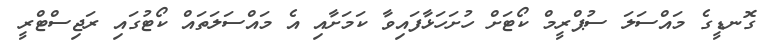
ގޮނޑީގެ މައްސަލަ ސުޕްރީމް ކޯޓަށް ހުށަހަޅާފައިވާ ކަމަށާއި އެ މައްސަލަތައް ކޯޓުގައި ރަޖިސްޓްރީ